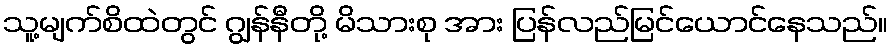
သူ့မျက်စိထဲတွင် ဂျွန်နီတို့ မိသားစု အား ပြန်လည်မြင်ယောင်နေသည်။